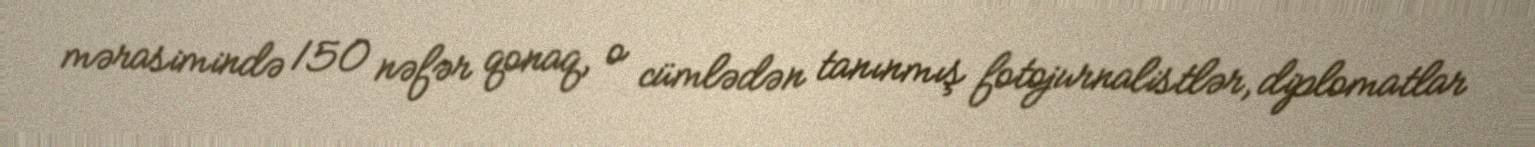
mərasimində 150 nəfər qonaq, o cümlədən tanınmış fotojurnalistlər, diplomatlar